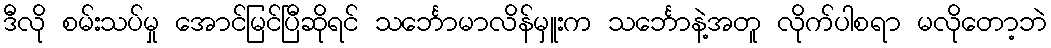
ဒီလို စမ်းသပ်မှု အောင်မြင်ပြီဆိုရင် သင်္ဘောမာလိန်မှူးက သင်္ဘောနဲ့အတူ လိုက်ပါစရာ မလိုတော့ဘဲ